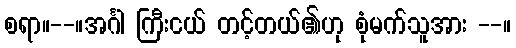
စရာ။--။အင်္ဂါ ကြီးငယ် တင့်တယ်၏ဟု စုံမက်သူအား --။